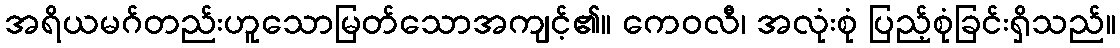
အရိယမဂ်တည်းဟူသောမြတ်သောအကျင့်၏။ ကေဝလီ၊ အလုံးစုံ ပြည့်စုံခြင်းရှိသည်။